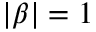
| \beta | = 1